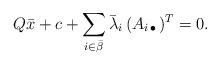
LaTeX: \begin{align*} Q\bar{x} + c + \sum_{i\in \bar{\beta}}\bar{\lambda}_i\,(A_{i\,\bullet\,})^T = 0.\end{align*}